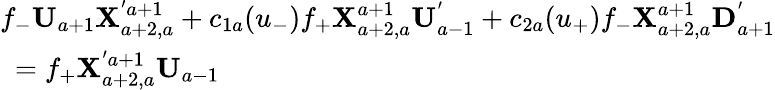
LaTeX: \begin{array}{l}{{f_{-}{\mathbf U}_{a+1}{\mathbf X}_{a+2,a}^{'a+1}+c_{1a}(u_{-})f_{+}{\mathbf X}_{a+2,a}^{a+1}{\mathbf U}_{a-1}^{'}+c_{2a}(u_{+})f_{-}{\mathbf X}_{a+2,a}^{a+1}{\mathbf D}_{a+1}^{'}}}\\ {{\mathrm{~}=f_{+}{\mathbf X}_{a+2,a}^{'a+1}{\mathbf U}_{a-1}}}\end{array}